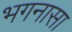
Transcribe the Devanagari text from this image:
भगनासा